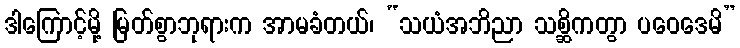
ဒါကြောင့်မို့ မြတ်စွာဘုရားက အာမခံတယ်၊ “သယံအဘိညာ သစ္ဆိကတွာ ပဝေဒေမိ”